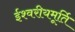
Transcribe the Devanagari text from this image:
ईश्वरीयमूर्ति